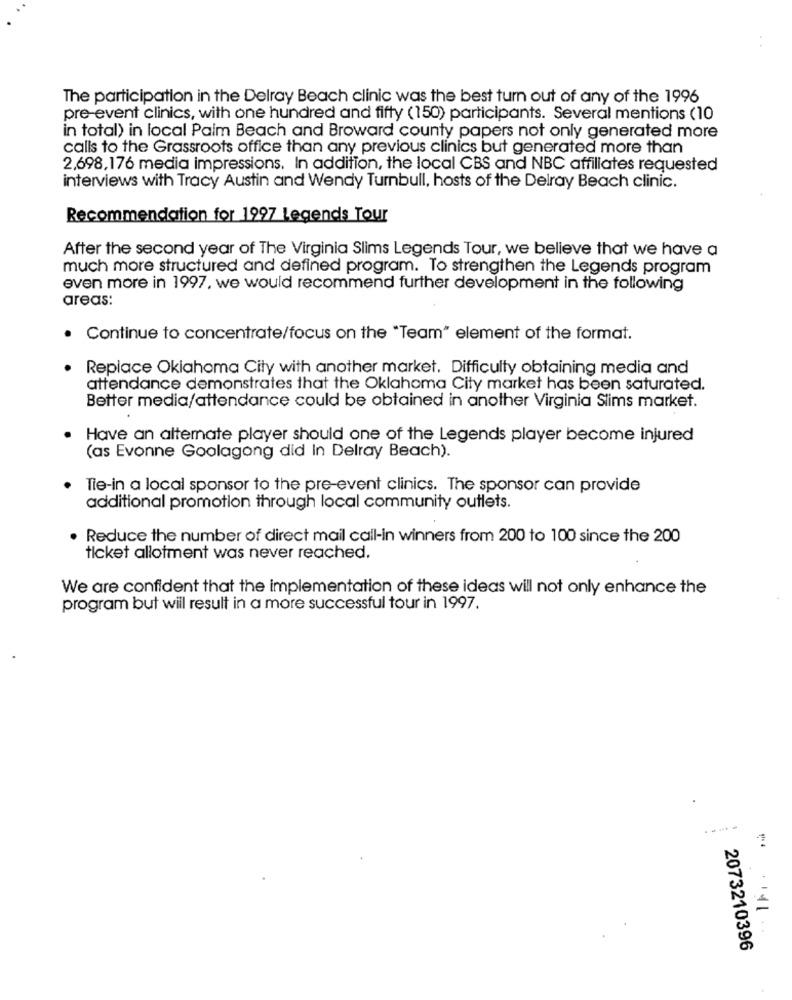
The participation in the Delray Beach clinic was the best turn out of any of the 1996
pre-event clinics, with one hundred and fifty (150) participants. Several mentions (10
in total) in local Palm Beach and Broward county papers not only generated more
calls to the Grassroots office than any previous clinics but generated more than
2,698,176 media impressions. In addition, the local CBS and NBC affiliates requested
interviews with Tracy Austin and Wendy Turnbull, hosts of the Delray Beach clinic.
Recommendation for 1997 Legends Tour
After the second year of The Virginia Slims Legends Tour, we believe that we have a
much more structured and defined program. To strengthen the Legends program
even more in 1997, we would recommend further development in the following
areas:
. Continue to concentrate/focus on the "Team" element of the format.
Replace Oklahoma City with another market. Difficulty obtaining media and
attendance demonstrates that the Oklahoma City market has been saturated.
Better media/attendance could be obtained in another Virginia Stims market.
Have an alternate player should one of the Legends player become injured
(as Evonne Goolagong did In Delray Beach).
Tie-in a local sponsor to the pre-event clinics. The sponsor can provide
additional promotion through local community outlets.
. Reduce the number of direct mail call-in winners from 200 to 100 since the 200
ticket allotment was never reached.
We are confident that the implementation of these ideas will not only enhance the
program but will result in a more successful tour in 1997.
----
2073210396